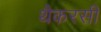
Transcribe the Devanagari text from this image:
थैकरसी